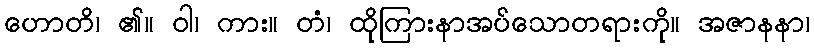
ဟောတိ၊ ၏။ ဝါ၊ ကား။ တံ၊ ထိုကြားနာအပ်သောတရားကို။ အဇာနနာ၊